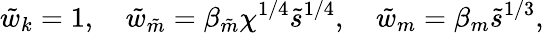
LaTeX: \tilde{w}_{k}=1,\quad\tilde{w}_{\tilde{m}}=\beta_{\tilde{m}}\chi^{1/4}\tilde{s}^{1/4},\quad\tilde{w}_{m}=\beta_{m}\tilde{s}^{1/3},